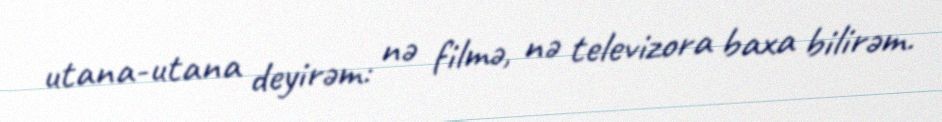
utana-utana deyirəm: nə filmə, nə televizora baxa bilirəm.